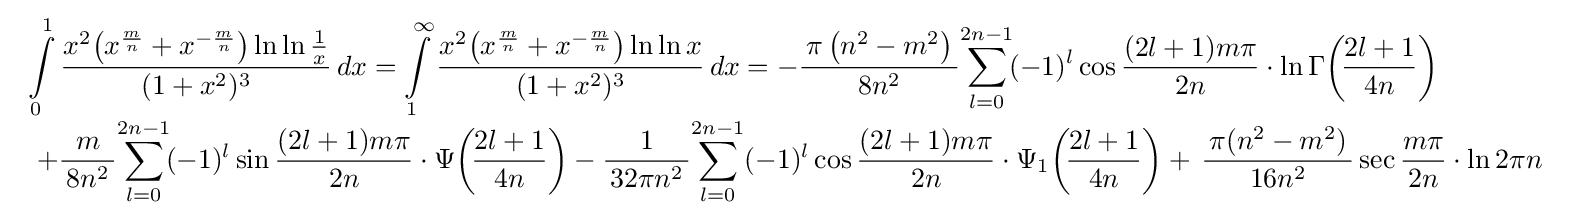
{\begin{array}{l}\displaystyle \int \limits _{0}^{1}{\frac {x^{2}\!\left(x^{\frac {m}{n}}+x^{-{\frac {m}{n}}}\right)\ln \ln {\frac {1}{x}}}{\,(1+x^{2})^{3}\,}}\,dx=\int \limits _{1}^{\infty }{\frac {x^{2}\!\left(x^{\frac {m}{n}}+x^{-{\frac {m}{n}}}\right)\ln \ln {x}}{\,(1+x^{2})^{3}\,}}\,dx=-{\frac {\,\pi \left(n^{2}-m^{2}\right)\,}{8n^{2}}}\!\sum _{l=0}^{2n-1}\!(-1)^{l}\cos {\dfrac {(2l+1)m\pi }{2n}}\cdot \ln \Gamma \!\left(\!{\frac {2l+1}{4n}}\right)\\[3mm]\displaystyle \,\,+{\frac {\,m\,}{\,8n^{2}\,}}\!\sum _{l=0}^{2n-1}\!(-1)^{l}\sin {\dfrac {(2l+1)m\pi }{2n}}\cdot \Psi \!\left(\!{\frac {2l+1}{4n}}\right)-{\frac {\,1\,}{\,32\pi n^{2}\,}}\!\sum _{l=0}^{2n-1}(-1)^{l}\cos {\dfrac {(2l+1)m\pi }{2n}}\cdot \Psi _{1}\!\left(\!{\frac {2l+1}{4n}}\right)+\,{\frac {\,\pi (n^{2}-m^{2})\,}{16n^{2}}}\sec {\dfrac {m\pi }{2n}}\cdot \ln 2\pi n\end{array}}